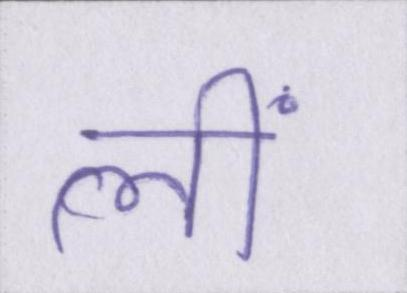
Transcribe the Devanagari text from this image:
लीं